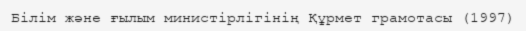
Білім және ғылым министірлігінің Құрмет грамотасы (1997)